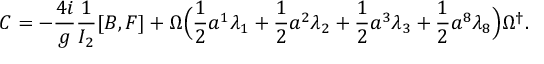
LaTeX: C = - \frac { 4 i } { g } \frac { 1 } { I _ { 2 } } [ B , F ] + \Omega \Bigl ( \frac { 1 } { 2 } a ^ { 1 } \lambda _ { 1 } + \frac { 1 } { 2 } a ^ { 2 } \lambda _ { 2 } + \frac { 1 } { 2 } a ^ { 3 } \lambda _ { 3 } + \frac { 1 } { 2 } a ^ { 8 } \lambda _ { 8 } \Bigr ) \Omega ^ { \dagger } .